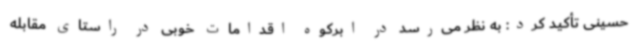
حسینی تأکید کرد: به نظر می‌رسد در ابرکوه اقدامات خوبی در راستای مقابله